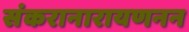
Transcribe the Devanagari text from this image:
संकरानारायणनन